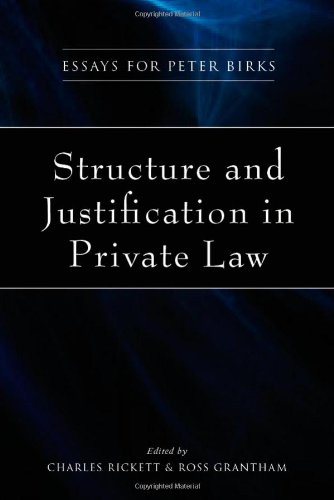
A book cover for Structure and Justification in Private Law: Essays for Peter Birks; Law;